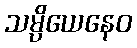
သမ္ပိယေနေဝ